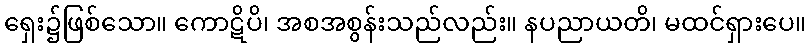
ရှေး၌ဖြစ်သော။ ကောဋိပိ၊ အစအစွန်းသည်လည်း။ နပညာယတိ၊ မထင်ရှားပေ။